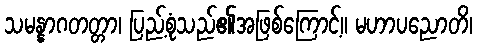
သမန္နာဂတတ္တာ၊ ပြည့်စုံသည်၏အဖြစ်ကြောင့်။ မဟာပညောတိ၊